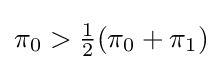
\pi _{0}>{\tfrac {1}{2}}(\pi _{0}+\pi _{1})